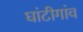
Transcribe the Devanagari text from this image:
घांटीगांव